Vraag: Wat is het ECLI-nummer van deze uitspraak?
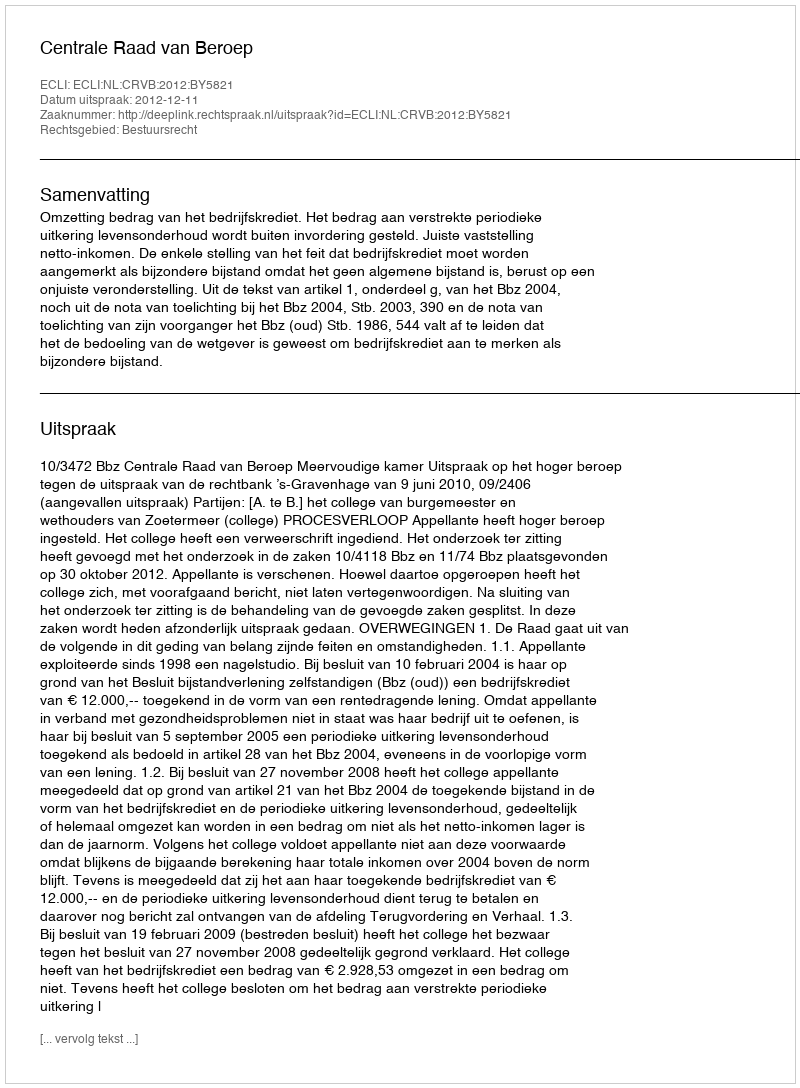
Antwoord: ECLI:NL:CRVB:2012:BY5821